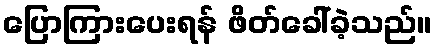
ပြောကြားပေးရန် ဖိတ်ခေါ်ခဲ့သည်။